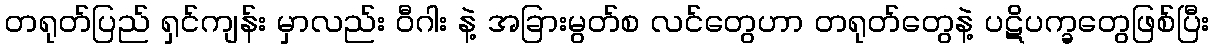
တရုတ်ပြည် ရှင်ကျန်း မှာလည်း ဝီဂါး နဲ့ အခြားမွတ်စ လင်တွေဟာ တရုတ်တွေနဲ့ ပဋိပက္ခတွေဖြစ်ပြီး